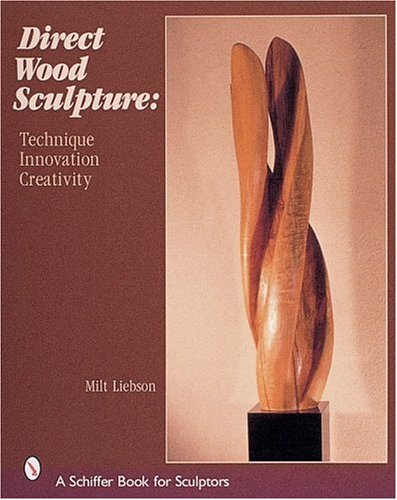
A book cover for Direct Wood Sculpture: Techniques, Innovation, Creativity; Milt Liebson; Arts & Photography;